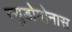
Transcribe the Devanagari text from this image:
स्युडोमोनास